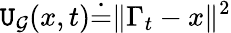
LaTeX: {\mathtt{U}_{\mathcal{{G}}}(x,t)\dot{{=}}\| \Gamma_{t}-x\| ^{2}}